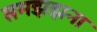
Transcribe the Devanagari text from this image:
समझझना